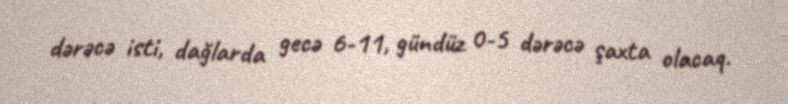
dərəcə isti, dağlarda gecə 6-11, gündüz 0-5 dərəcə şaxta olacaq.